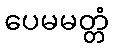
ပေမမတ္တံ